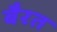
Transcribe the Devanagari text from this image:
बैरत